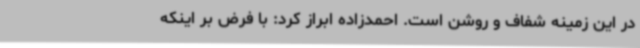
در این زمینه شفاف و روشن است. احمدزاده ابراز کرد: با فرض بر اینکه